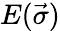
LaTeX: E(\vec{\sigma})